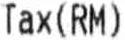
TAX(RM)